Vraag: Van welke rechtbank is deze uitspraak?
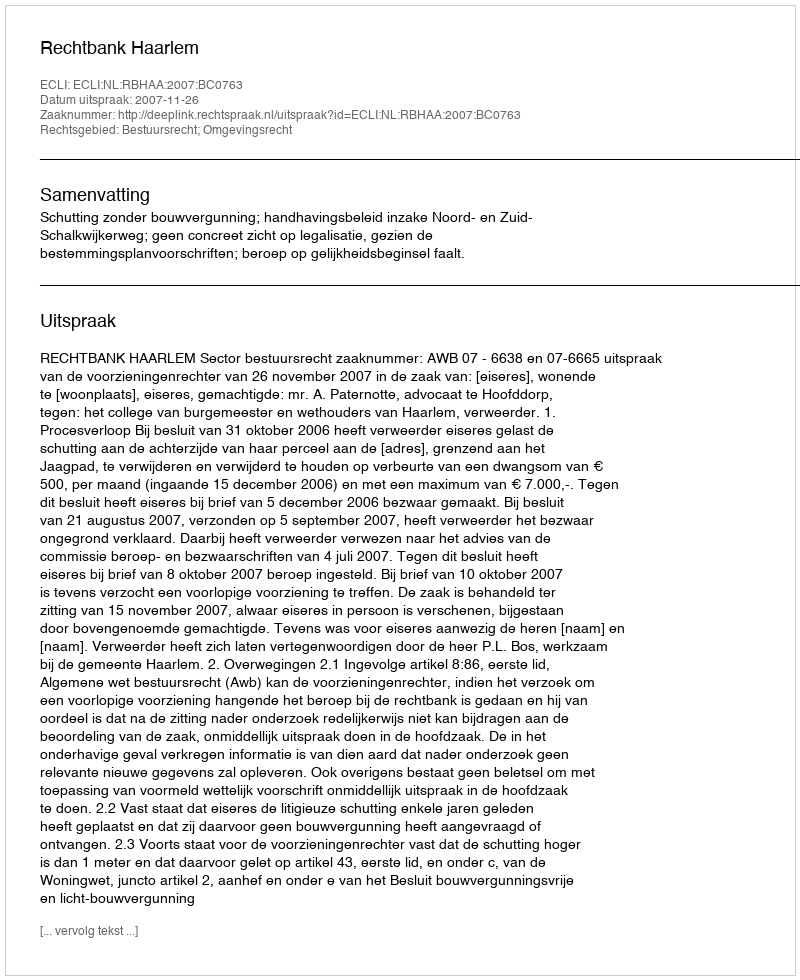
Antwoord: Rechtbank Haarlem